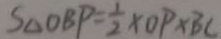
S _ { \Delta O B P } = \frac { 1 } { 2 } \times O P \times B C